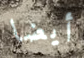
أيضا